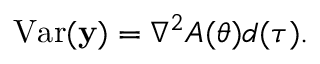
\operatorname { V a r } ( \mathbf { y } ) = \nabla ^ { 2 } A ( { \boldsymbol { \theta } } ) d ( \tau ) . \,